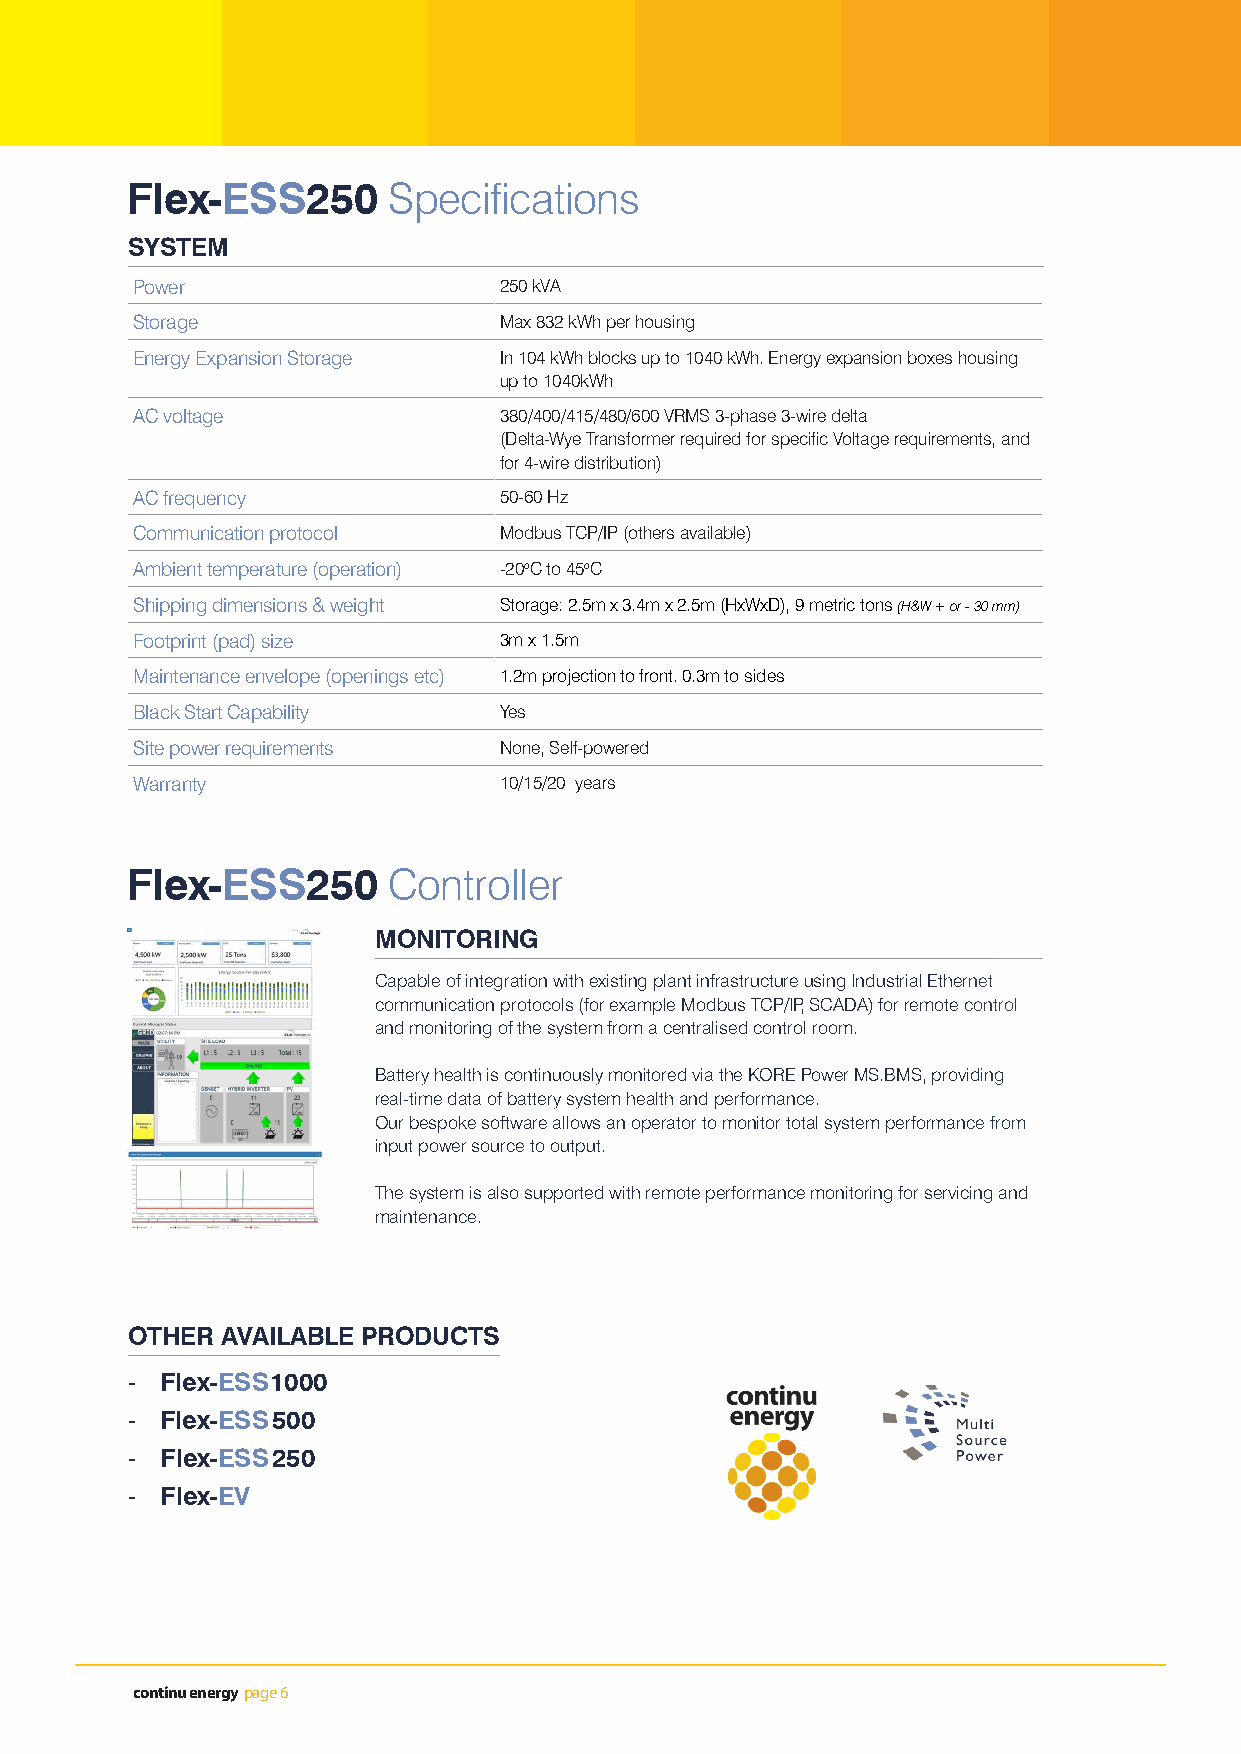
Flex-ESS250       Specifications
 SYSTEM
 Power                   250 kVA
 Storage                 Max 832 kWh per housing
 Energy Expansion Storage In 104 kWh blocks up to 1040 kWh. Energy expansion boxes housing
 up to 1040kWh
 AC voltage              380/400/415/480/600 VRMS 3-phase 3-wire delta
 (Delta-Wye Transformer required for specific Voltage requirements, and
 for 4-wire distribution)
 AC frequency            50-60 Hz
 Communication protocol  Modbus TCP/IP (others available)
 Ambient temperature (operation) -20oC to 45oC
 Shipping dimensions & weight Storage: 2.5m x 3.4m x 2.5m (HxWxD), 9 metric tons (H&W + or - 30 mm)
 Footprint (pad) size    3m x 1.5m
 Maintenance envelope (openings etc) 1.2m projection to front. 0.3m to sides
 Black Start Capability  Yes
 Site power requirements None, Self-powered
 Warranty                10/15/20 years
 Flex-ESS250       Controller
 MONITORING
 Capable of integration with existing plant infrastructure using Industrial Ethernet
 communication protocols (for example Modbus TCP/IP, SCADA) for remote control
 and monitoring of the system from a centralised control room.
 Battery health is continuously monitored via the KORE Power MS.BMS, providing
 real-time data of battery system health and performance.
 Our bespoke software allows an operator to monitor total system performance from
 input power source to output.
 The system is also supported with remote performance monitoring for servicing and
 maintenance.
 OTHER  AVAILABLE PRODUCTS       CONTACT DETAILS
 -  Flex-ESS1000                 MSP Technologies Ltd
 Unit 56 Elmsfield Park
 -  Flex-ESS500                  Holme
 Cumbria
 -  Flex-ESS250                  LA6 1RJ
 Tel: +44 (0)15395 62205
 -  Flex-EV
 Email: info@multisourcepower.com
 continu energy page 6